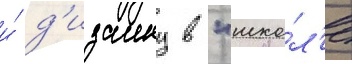
и́ д'изаину в "шко́л'е